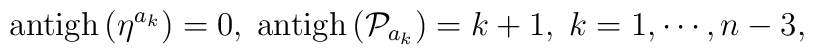
\mathrm{antigh}\left( \eta ^{a_{k}}\right) =0,\;\mathrm{antigh}\left(\mathcal{P}_{a_{k}}\right) =k+1,\;k=1,\cdots ,n-3,